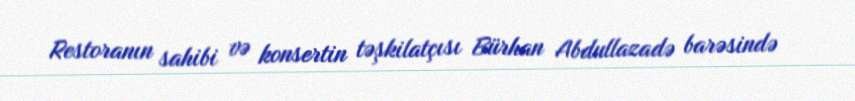
Restoranın sahibi və konsertin təşkilatçısı Bürhan Abdullazadə barəsində